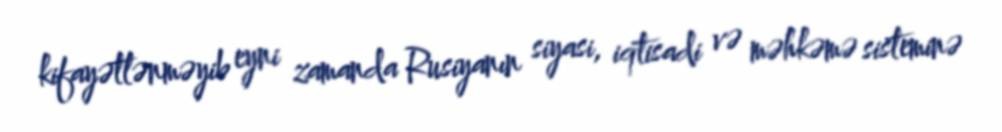
kifayətlənməyib eyni zamanda Rusiyanın siyasi, iqtisadi və məhkəmə sisteminə